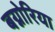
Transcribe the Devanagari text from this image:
बग्नोरिया